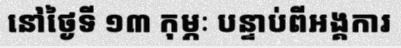
នៅថ្ងៃទី ១៣ កុម្ភៈ បន្ទាប់ពីអង្គការ